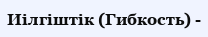
Иілгіштік (Гибкость) -